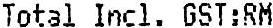
TOTAL INCL. GST:RM